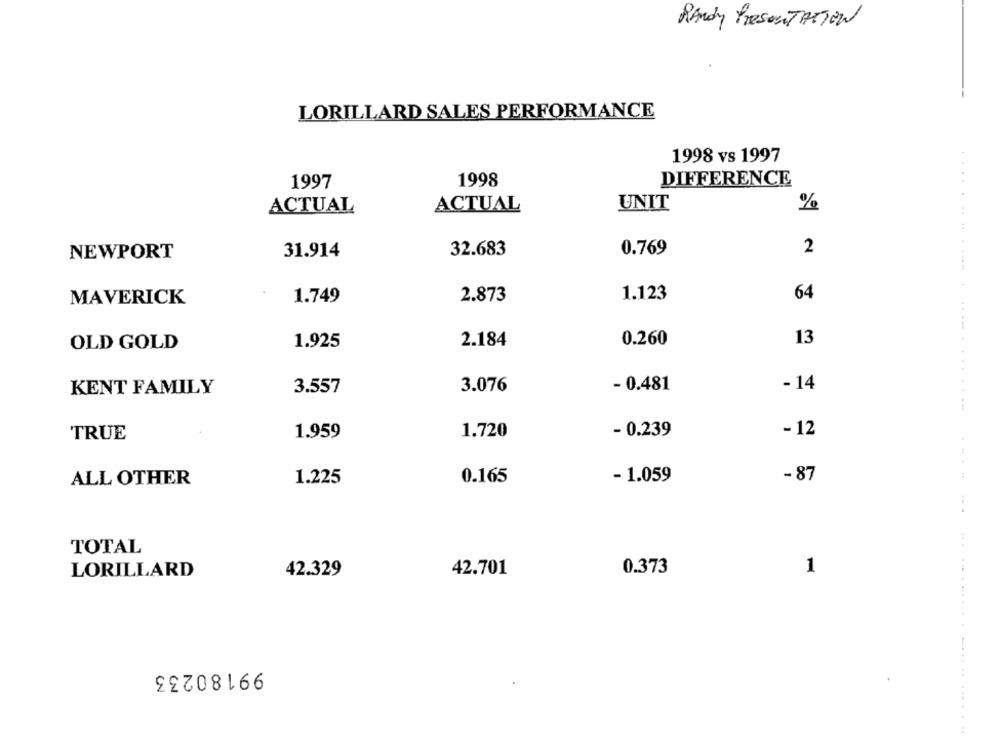
Randy PRESENTATION
LORILLARD SALES PERFORMANCE
1998 vs 1997
1997
1998
DIFFERENCE
ACTUAL
UNIT
%
ACTUAL
.........
31.914
32.683
0.769
2
NEWPORT
2.873
1.123
64
MAVERICK
1.749
2.184
0.260
13
OLD GOLD
1.925
- 14
KENT FAMILY
3.557
3.076
- 0.481
TRUE
1.959
1.720
- 0.239
- 12
ALL OTHER
1.225
0.165
- 1.059
-87
TOTAL
LORILLARD
0.373
1
42.329
42.701
99180233